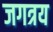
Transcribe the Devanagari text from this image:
जगत्रय